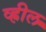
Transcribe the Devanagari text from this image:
व्ह्रील